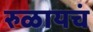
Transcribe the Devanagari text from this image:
रुळायचं